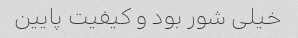
خیلی شور بود و کیفیت پایین